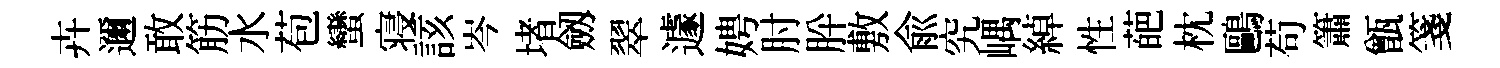
卉邇敢筋水苞蠻寝該岑堵劔翠遽娉肘肸敷俞究嵎綽性葩枕鷗苟簫甑箋